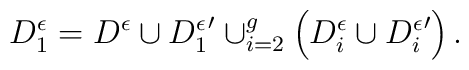
D_1^\epsilon = D^\epsilon \cup {D_1^\epsilon}' \cup_{i=2}^g \left( D_i^\epsilon \cup {D_i^\epsilon}' \right).